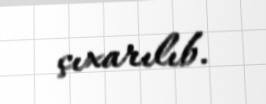
çıxarılıb.